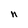
Character: n